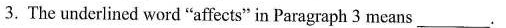
3.The underlined word "affects" in Paragraph 3 means ___.